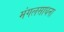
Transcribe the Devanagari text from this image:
मंगलसाधना